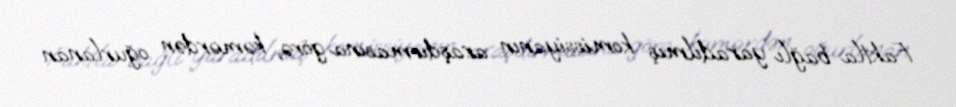
Faktla bağlı yaradılmış komissiyanın araşdırmasına görə, kəmərdən oğurlanan